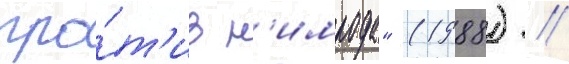
про́т'ив н'имрода" (1988) //